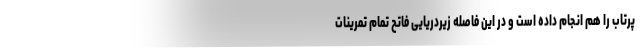
پرتاب را هم انجام داده است و در این فاصله زیردریایی فاتح تمام تمرینات